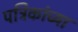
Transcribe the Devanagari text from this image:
पत्रिकांच्या